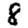
Digit: 8